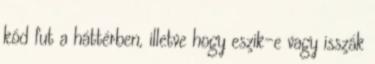
kód fut a háttérben, illetve hogy eszik-e vagy isszák